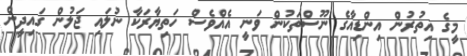
މީގެ އިތުރުން އިންޑިއާގެ ނޫސްތަކުން ވަނީ އެއްވެސް ހަތިޔާރަކާ ނުލައި ޖަލުން ގައިދީން